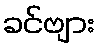
ခင်ဗျား